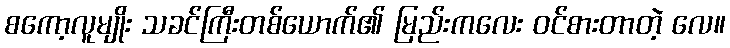
စကော့လူမျိုး သခင်ကြီးတစ်ယောက်၏ မြည်းကလေး ဝင်စားတာတဲ့ လေ။